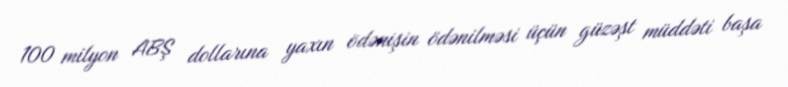
100 milyon ABŞ dollarına yaxın ödənişin ödənilməsi üçün güzəşt müddəti başa